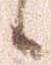
候